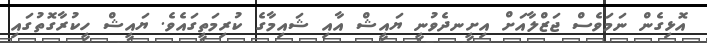
އޮޅިގެން ނަމަވެސް ޖަޒްލާއަށް އިށީނދެވުނީ ޔައީޝް އާއި ޝައިމާގެ ކުރިމަތީގައެވެ. ޔައީޝް ހީކުރާގޮތުގައި